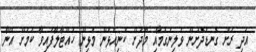
އަދި ރަށު ގޮނޑުދޮށުން ވެލިނެގުމާއި މޫދަށް ކުނިއެޅުން މުޅިން ހުއްޓާލާފައިވާ ކަމަށް އޭނާ